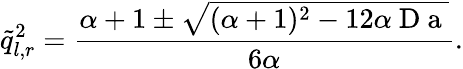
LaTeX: \tilde{q}_{l,r}^{2}=\frac{\alpha+1\pm\sqrt{(\alpha+1)^{2}-12\alpha\mathrm{~D~a~}}}{6\alpha}.